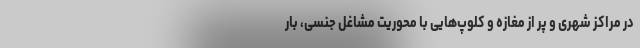
در مراکز شهری و پر از مغازه و کلوپ‌هایی با محوریت مشاغل جنسی، بار